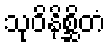
သုဝိနိစ္ဆိတံ